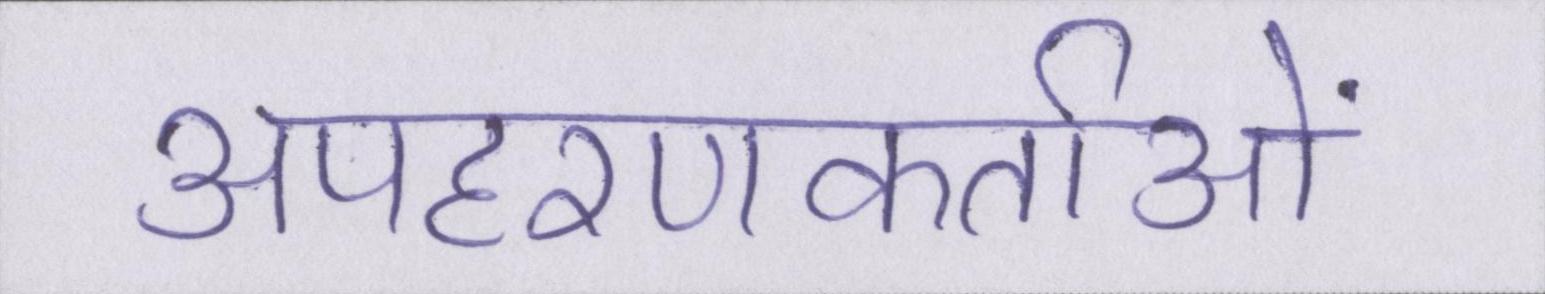
अपहरणकर्ताओं